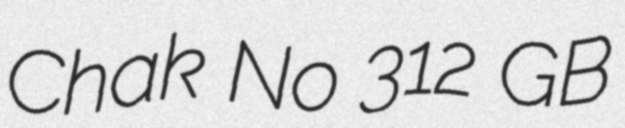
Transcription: Chak No 312 GB